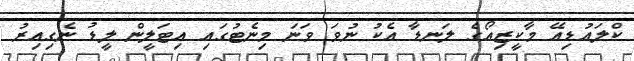
ކްލައުޑިއޭ މާކީޒިއޯގެ ލަނޑާ އެކު ނުވަ ވަނަ މިނެޓުގައި އިޓަލީން ލީޑު ނެގިއިރު